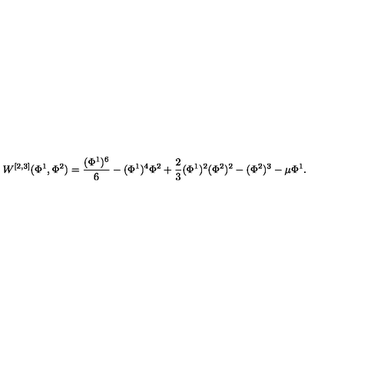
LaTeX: W ^ { [ 2 , 3 ] } ( \Phi ^ { 1 } , \Phi ^ { 2 } ) = { \frac { ( \Phi ^ { 1 } ) ^ { 6 } } { 6 } } - ( \Phi ^ { 1 } ) ^ { 4 } \Phi ^ { 2 } + { \frac { 2 } { 3 } } ( \Phi ^ { 1 } ) ^ { 2 } ( \Phi ^ { 2 } ) ^ { 2 } - ( \Phi ^ { 2 } ) ^ { 3 } - \mu \Phi ^ { 1 } .